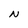
Character: N